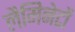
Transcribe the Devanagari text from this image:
लैमिनेटों